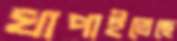
খাপাইতেছে